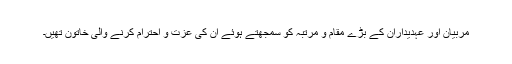
مربیان اور عہدیداران کے بڑے مقام و مرتبہ کو سمجھتے ہوئے ان کی عزت و احترام کرنے والی خاتون تھیں۔